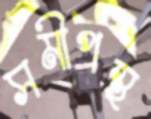
সমীপস্থ